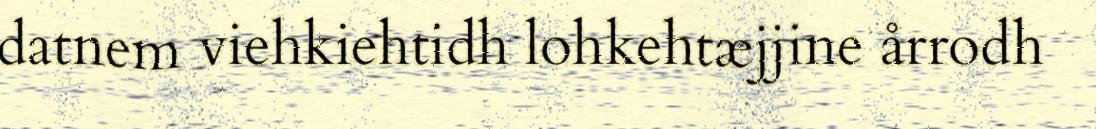
datnem viehkiehtidh lohkehtæjjine årrodh